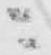
ニ